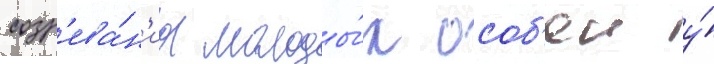
созр'ева́н'иа молоды́х особ'еи у́